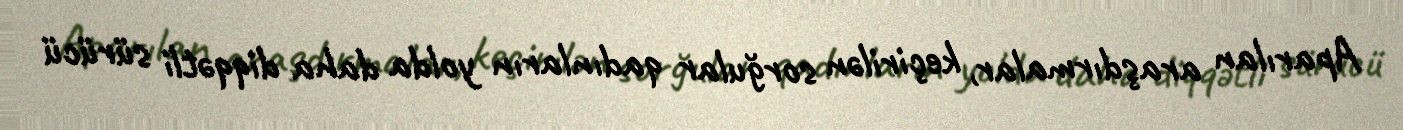
Aparılan araşdırmalar, keçirilən sorğular qadınların yolda daha diqqətli sürücü